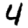
Digit: 4